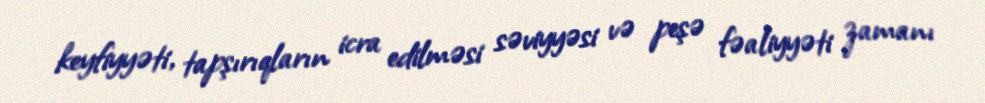
keyfiyyəti, tapşırıqların icra edilməsi səviyyəsi və peşə fəaliyyəti zamanı